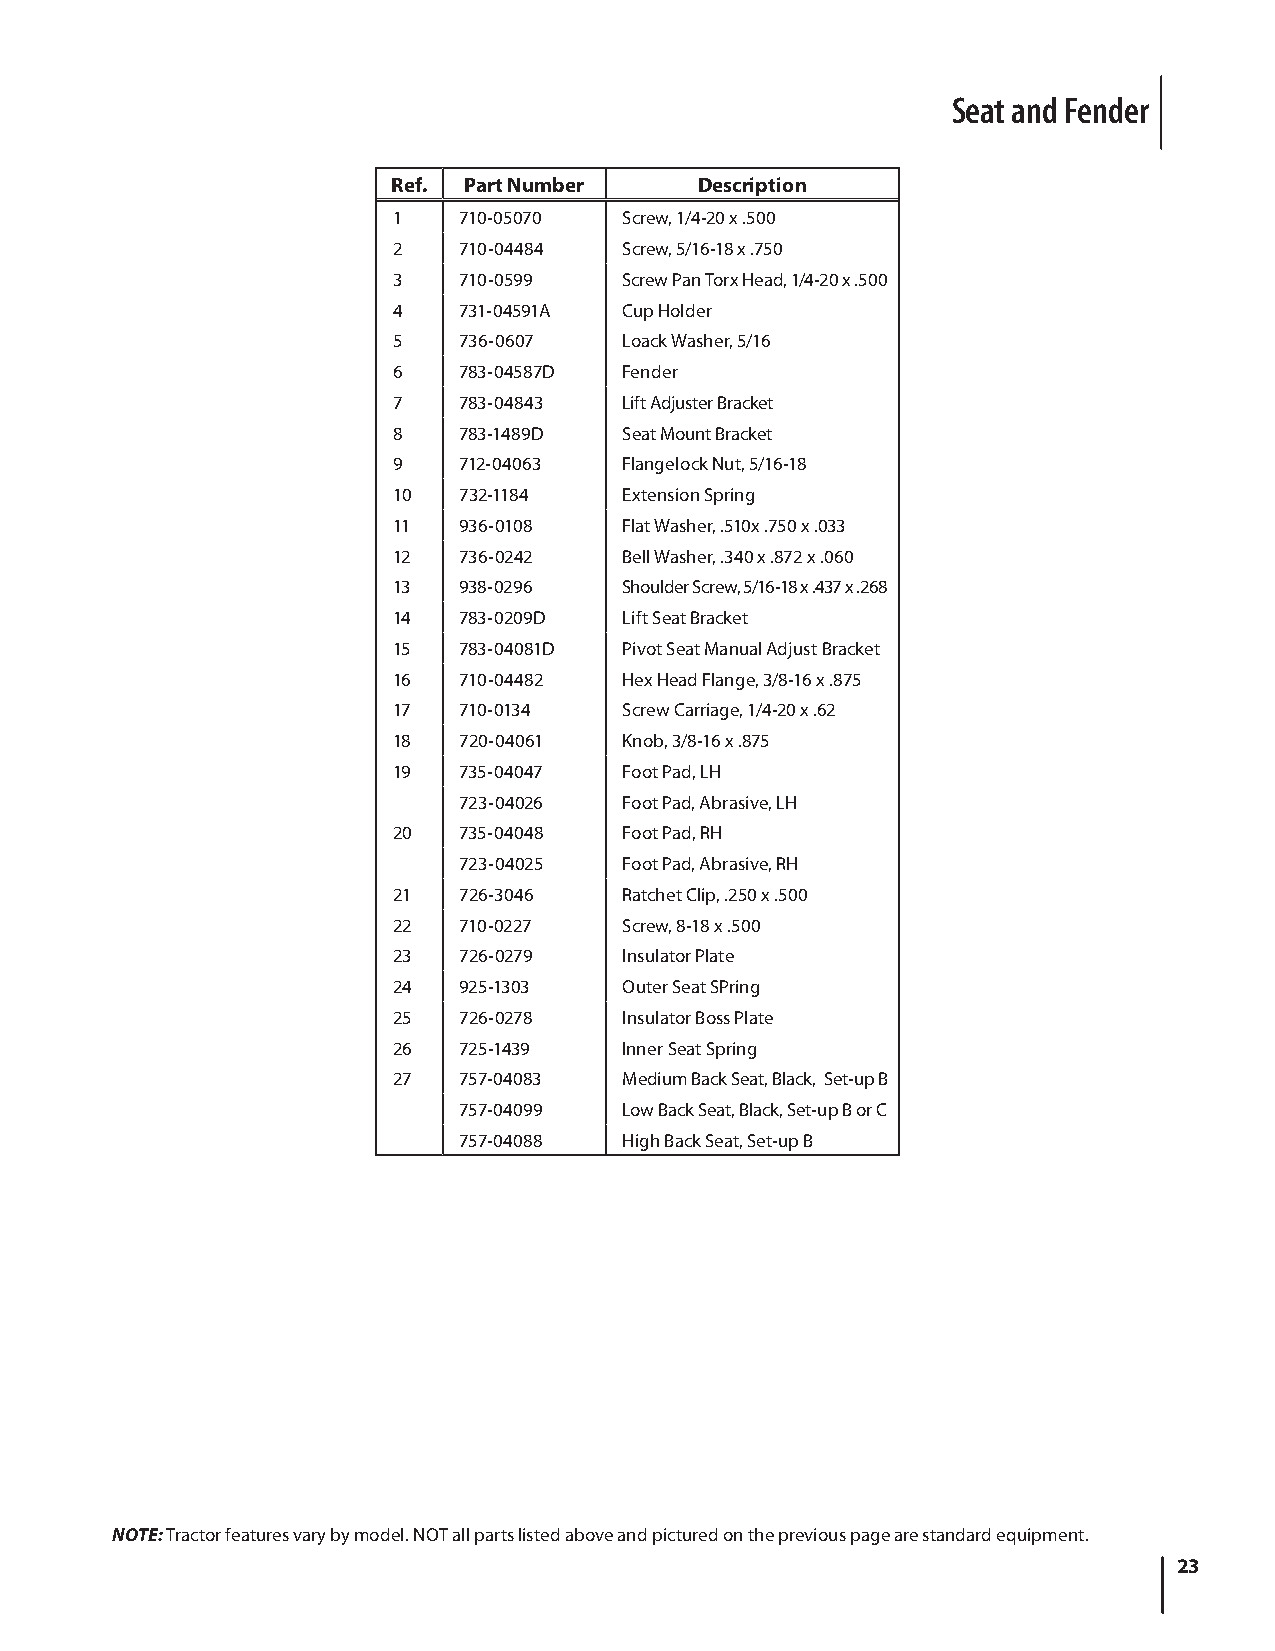
Seat and Fender
 Ref. Part Number    Description
 1   710-05070  Screw, 1/4-20 x .500
 2   710-04484  Screw, 5/16-18 x .750
 3   710-0599   Screw Pan Torx Head, 1/4-20 x .500
 4   731-04591A Cup Holder
 5   736-0607   Loack Washer, 5/16
 6   783-04587D Fender
 7   783-04843  Lift Adjuster Bracket
 8   783-1489D  Seat Mount Bracket
 9   712-04063  Flangelock Nut, 5/16-18
 10  732-1184   Extension Spring
 11  936-0108   Flat Washer, .510x .750 x .033
 12  736-0242   Bell Washer, .340 x .872 x .060
 13  938-0296   Shoulder Screw, 5/16-18 x .437 x .268
 14  783-0209D  Lift Seat Bracket
 15  783-04081D Pivot Seat Manual Adjust Bracket
 16  710-04482  Hex Head Flange, 3/8-16 x .875
 17  710-0134   Screw Carriage, 1/4-20 x .62
 18  720-04061  Knob, 3/8-16 x .875
 19  735-04047  Foot Pad, LH
 723-04026  Foot Pad, Abrasive, LH
 20  735-04048  Foot Pad, RH
 723-04025  Foot Pad, Abrasive, RH
 21  726-3046   Ratchet Clip, .250 x .500
 22  710-0227   Screw, 8-18 x .500
 23  726-0279   Insulator Plate
 24  925-1303   Outer Seat SPring
 25  726-0278   Insulator Boss Plate
 26  725-1439   Inner Seat Spring
 27  757-04083  Medium Back Seat, Black, Set-up B
 757-04099  Low Back Seat, Black, Set-up B or C
 757-04088  High Back Seat, Set-up B
 NOTE: Tractor features vary by model. NOT all parts listed above and pictured on the previous page are standard equipment.
 23